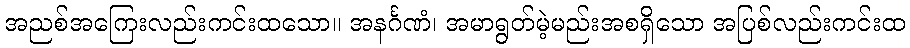
အညစ်အကြေးလည်းကင်းထသော။ အနင်္ဂဏံ၊ အမာရွတ်မဲ့မည်းအစရှိသော အပြစ်လည်းကင်းထ